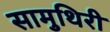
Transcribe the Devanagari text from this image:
सामुथिरी